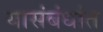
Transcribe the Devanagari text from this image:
यासंबंधांत